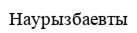
Наурызбаевты